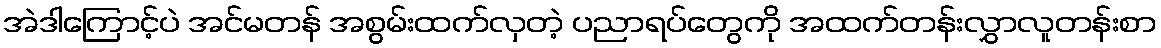
အဲဒါကြောင့်ပဲ အင်မတန် အစွမ်းထက်လှတဲ့ ပညာရပ်တွေကို အထက်တန်းလွှာလူတန်းစာ